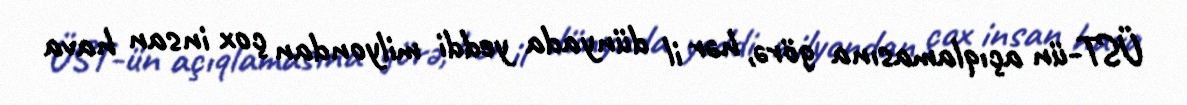
ÜST-ün açıqlamasına görə, hər il dünyada yeddi milyondan çox insan hava